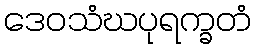
ဒေဝသံဃပုရက္ခတံ